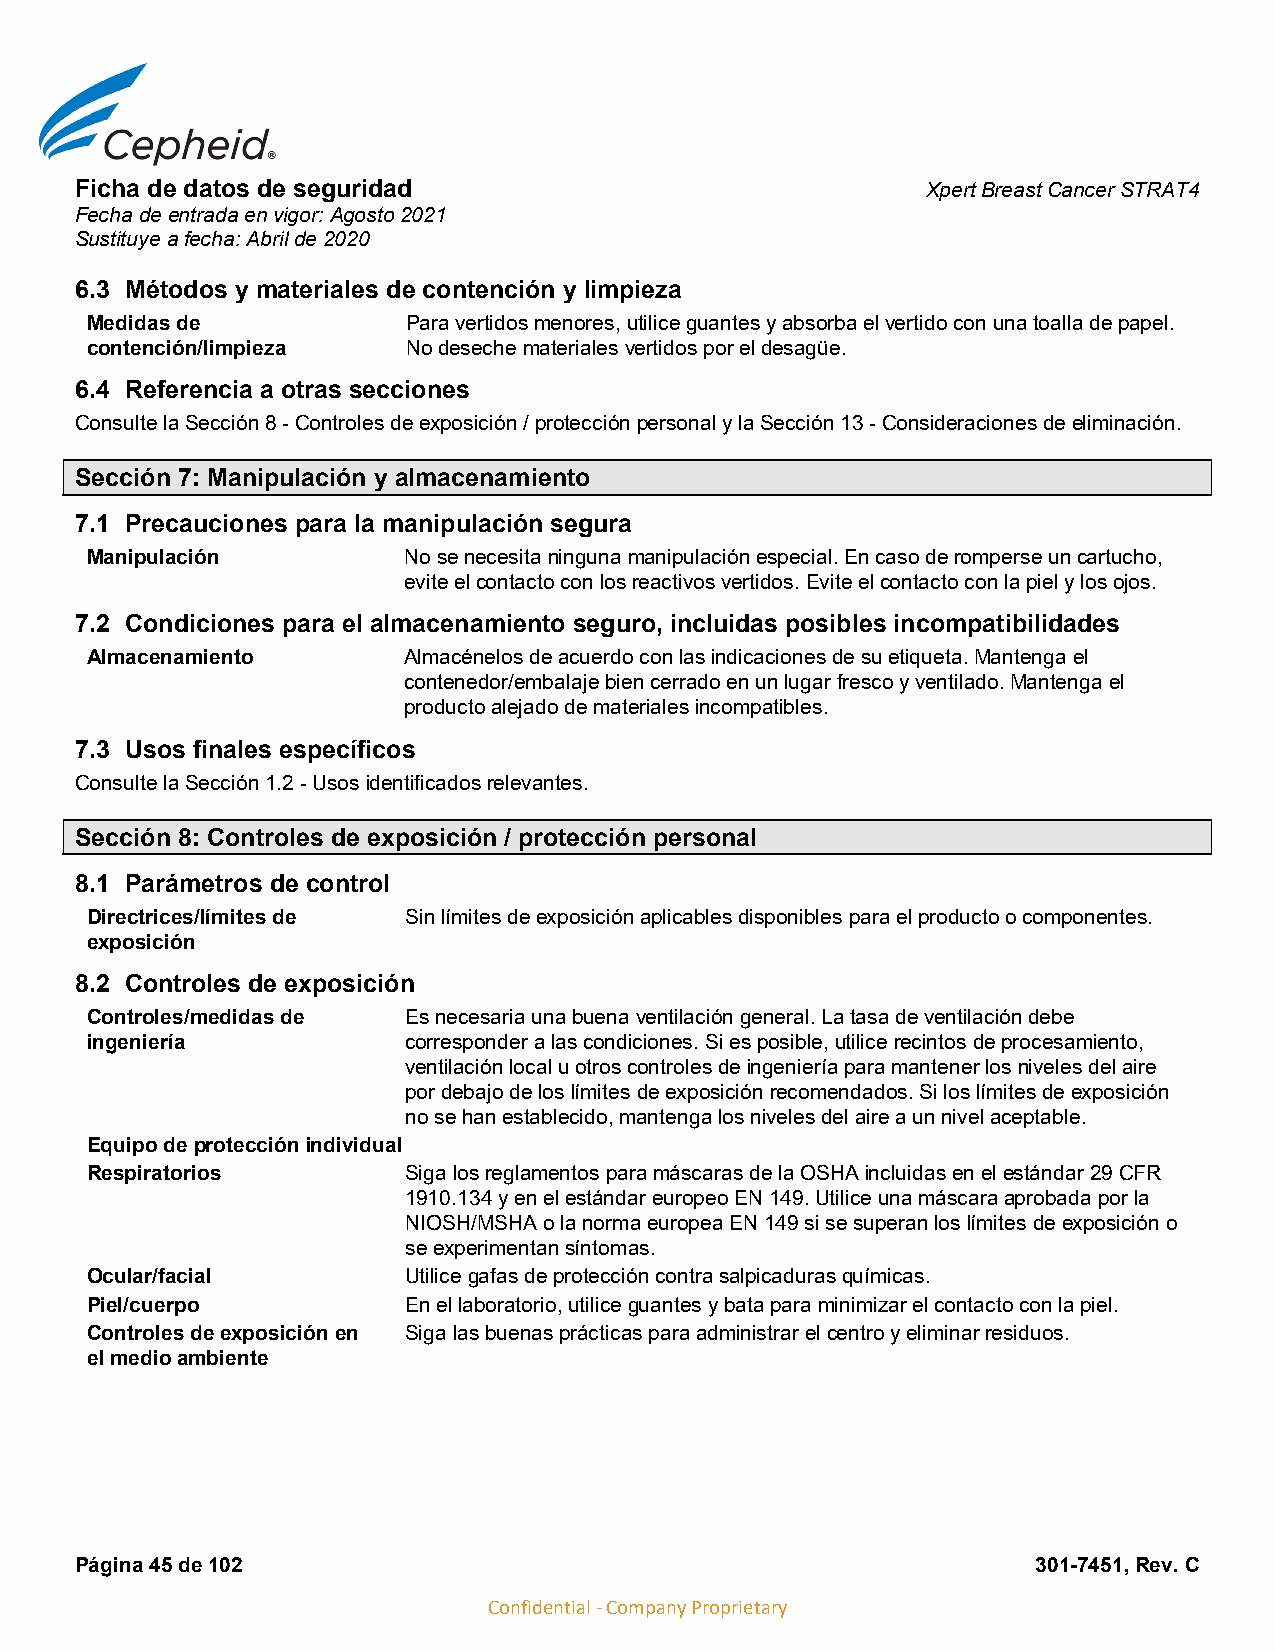
Ficha de datos de seguridad                             Xpert Breast Cancer STRAT4
 Fecha de entrada en vigor: Agosto 2021
 Sustituye a fecha: Abril de 2020
 6.3 Métodos y materiales de contención y limpieza
 Medidas de           Para vertidos menores, utilice guantes y absorba el vertido con una toalla de papel.
 contención/limpieza  No deseche materiales vertidos por el desagüe.
 6.4 Referencia a otras secciones
 Consulte la Sección 8 - Controles de exposición / protección personal y la Sección 13 - Consideraciones de eliminación.
 Sección 7: Manipulación y almacenamiento
 7.1 Precauciones para la manipulación segura
 Manipulación         No se necesita ninguna manipulación especial. En caso de romperse un cartucho,
 evite el contacto con los reactivos vertidos. Evite el contacto con la piel y los ojos.
 7.2 Condiciones para el almacenamiento seguro, incluidas posibles incompatibilidades
 Almacenamiento       Almacénelos de acuerdo con las indicaciones de su etiqueta. Mantenga el
 contenedor/embalaje bien cerrado en un lugar fresco y ventilado. Mantenga el
 producto alejado de materiales incompatibles.
 7.3 Usos finales específicos
 Consulte la Sección 1.2 - Usos identificados relevantes.
 Sección 8: Controles de exposición / protección personal
 8.1 Parámetros de control
 Directrices/límites de Sin límites de exposición aplicables disponibles para el producto o componentes.
 exposición
 8.2 Controles de exposición
 Controles/medidas de Es necesaria una buena ventilación general. La tasa de ventilación debe
 ingeniería           corresponder a las condiciones. Si es posible, utilice recintos de procesamiento,
 ventilación local u otros controles de ingeniería para mantener los niveles del aire
 por debajo de los límites de exposición recomendados. Si los límites de exposición
 no se han establecido, mantenga los niveles del aire a un nivel aceptable.
 Equipo de protección individual
 Respiratorios        Siga los reglamentos para máscaras de la OSHA incluidas en el estándar 29 CFR
 1910.134 y en el estándar europeo EN 149. Utilice una máscara aprobada por la
 NIOSH/MSHA o la norma europea EN 149 si se superan los límites de exposición o
 se experimentan síntomas.
 Ocular/facial        Utilice gafas de protección contra salpicaduras químicas.
 Piel/cuerpo          En el laboratorio, utilice guantes y bata para minimizar el contacto con la piel.
 Controles de exposición en Siga las buenas prácticas para administrar el centro y eliminar residuos.
 el medio ambiente
 Página 45 de 102                                                301-7451, Rev. C
 Confidential - Company Proprietary